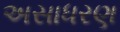
અસાધરણ